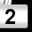
Digit: 2